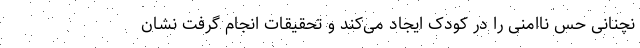
نچنانی حس ناامنی را در کودک ایجاد می‌کند و تحقیقات انجام گرفت نشان